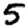
Digit: 5